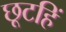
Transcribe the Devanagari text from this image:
छूटहिं